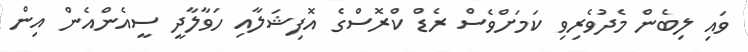
ވައި ލިބެން މެދުވެރިވި ކަމަށްވެސް ރެޑް ކްރޮސްގެ އޮފިޝަލާއި ހަވާލާދީ ސީއެންއެން އިން